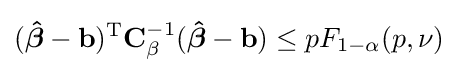
({\boldsymbol {\hat {\beta }}}-\mathbf {b} )^{\operatorname {T} }\mathbf {C} _{\mathbf {\beta } }^{-1}({\boldsymbol {\hat {\beta }}}-\mathbf {b} )\leq pF_{1-\alpha }(p,\nu )